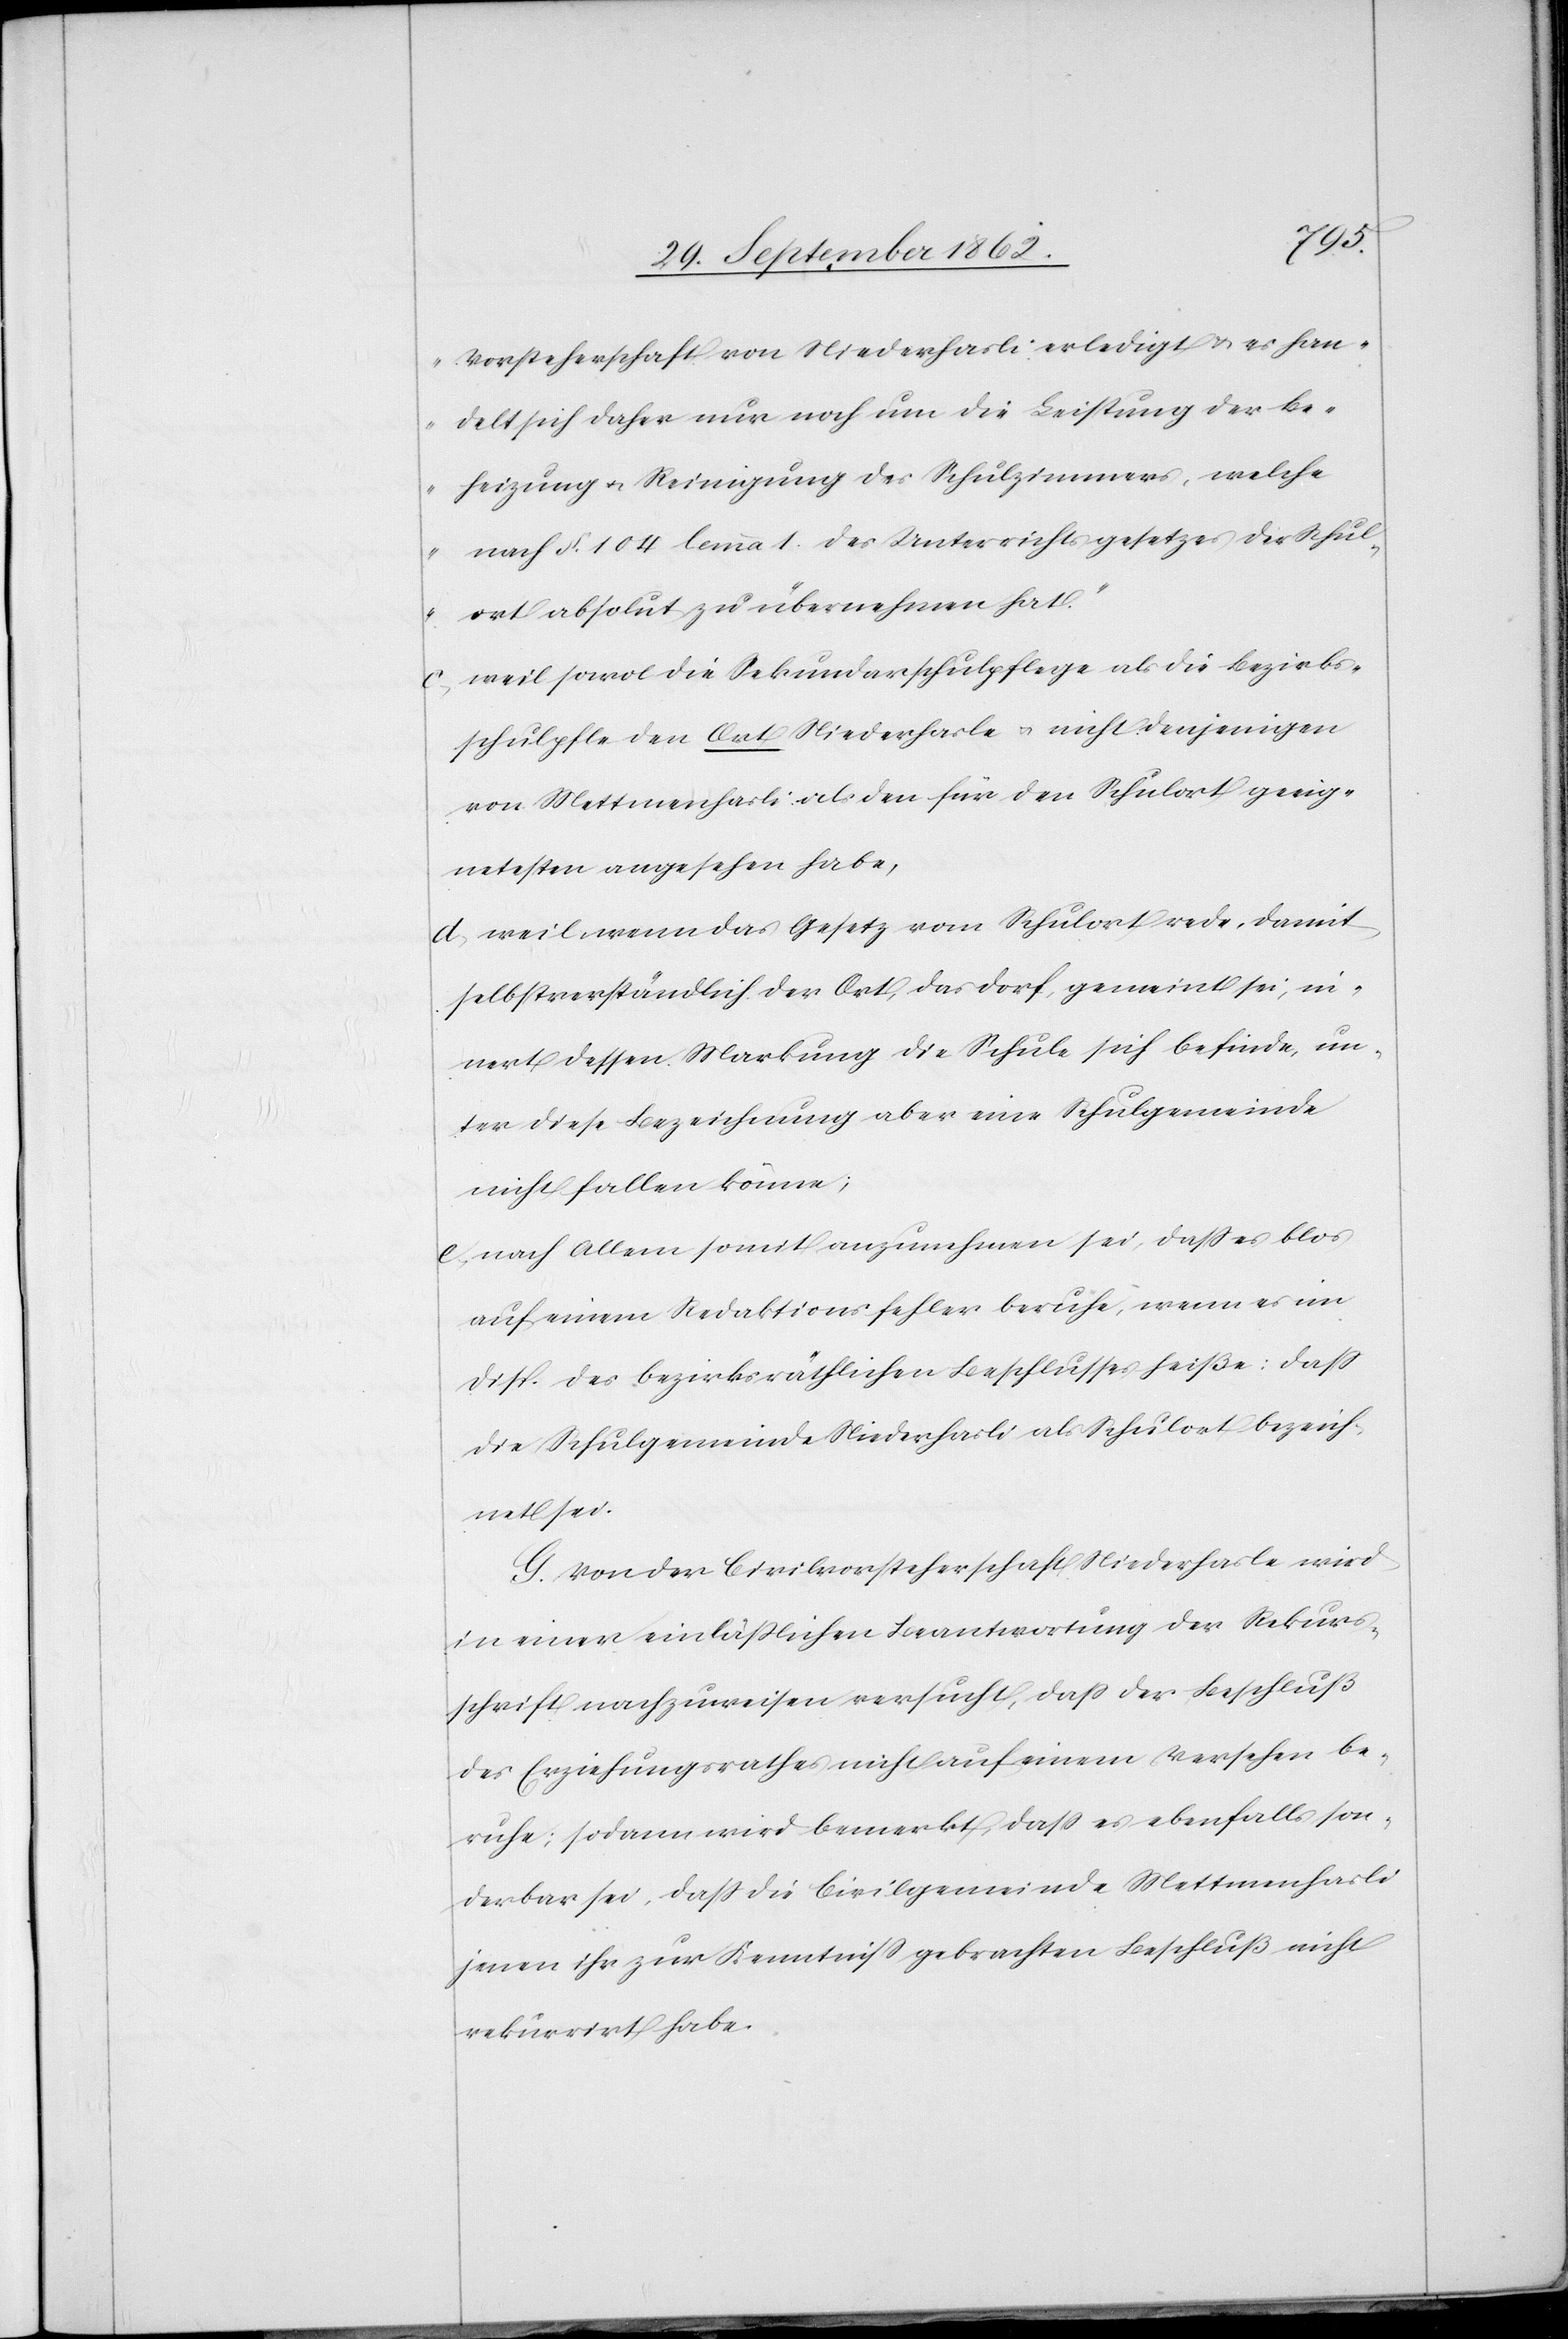
Vorsteherschaft von Niederhasli erledigt u. es han¬
delt sich daher nur noch um die Leistung der Be¬
heizung u. Reinigung des Schulzimmers, welche
nach §. 104 lemma 1 des Unterrichtsgesetzes der Schul¬
ort absolut zu übernehmen hat.“
c. weil sowol die Sekundarschulpflege als die Bezirks¬
schulpfle[ge] den Ort Niederhasle u. nicht denjenigen
von Mettmenhasli als den für den Schulort geeig¬
netesten angesehen habe,
d. weil wenn das Gesetz vom Schulort rede, damit
selbstverständlich der Ort, das Dorf, gemeint sei, in¬
nert dessen Markung die Schule sich befinde, un¬
ter diese Bezeichnung aber eine Schulgemeinde
nicht fallen könne;
e. nach Allem somit anzunehmen sei, daß es blos
auf einem Redaktionsfehler beruhe, wenn es im
Disp. des bezirksräthlichen Beschlusses heiße: daß
die Schulgemeinde Niederhasli als Schulort bezeich¬
net sei.
G. Von der Civilvorsteherschaft Niederhasle wird
in einer einläßlichen Beantwortung der Rekurs¬
schrift nachzuweisen versucht, daß der Beschluß
des Erziehungsrathes nicht auf einem Versehen be¬
ruhe; sodann wird bemerkt, daß es ebenfalls son¬
derbar sei, daß die Civilgemeinde Mettmenhasli
jenen ihr zur Kenntniß gebrachten Beschluß nicht
rekurrirt habe.